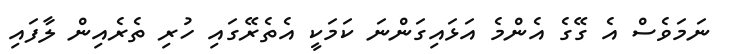
ނަމަވެސް އެ ގޭގެ އެންމެ އަޅައިގަންނަ ކަމަކީ އެތެރޭގައި ހުރި ތެރެއިން ލާފައި